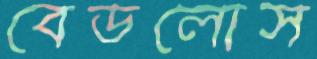
বেডলোস